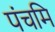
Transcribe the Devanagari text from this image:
पंचमि